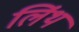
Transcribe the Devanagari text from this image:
लिंथ